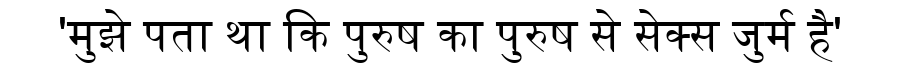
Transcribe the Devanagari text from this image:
'मुझे पता था कि पुरुष का पुरुष से सेक्स जुर्म है'